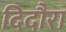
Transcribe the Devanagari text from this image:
दिदौरा